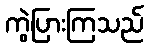
ကွဲပြားကြသည်